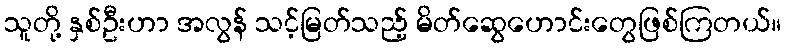
သူတို့ နှစ်ဦးဟာ အလွန် သင့်မြတ်သည့် မိတ်ဆွေဟောင်းတွေဖြစ်ကြတယ်။